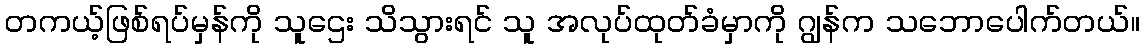
တကယ့်ဖြစ်ရပ်မှန်ကို သူဌေး သိသွားရင် သူ အလုပ်ထုတ်ခံမှာကို ဂျွန်က သဘောပေါက်တယ်။